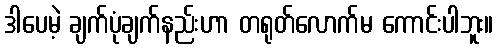
ဒါပေမဲ့ ချက်ပုံချက်နည်းဟာ တရုတ်လောက်မ ကောင်းပါဘူး။